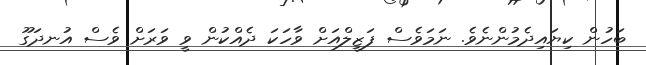
ބަހުން ކިޔައިދެމުންނެވެ. ނަމަވެސް ފަޒީލްއަށް ވާހަކަ ދެއްކުން ވީ ވަރަށް ވެސް އުނދަގޫ